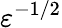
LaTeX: \varepsilon^{-1/2}